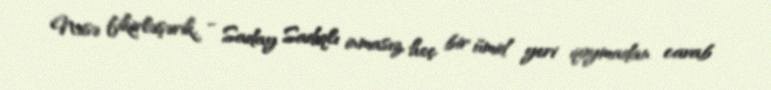
Nəsə fikirləşərik, - Saday Sadıqlı inmasız, heç bir ümid yeri qoymadan cavab